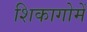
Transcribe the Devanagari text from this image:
शिकागोमें